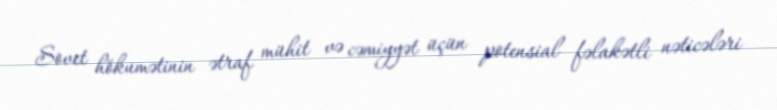
Sovet hökumətinin ətraf mühit və cəmiyyət üçün potensial fəlakətli nəticələri